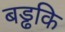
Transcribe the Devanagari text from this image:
बड्ढकि